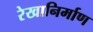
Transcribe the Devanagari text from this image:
रेखानिर्माण